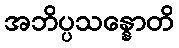
အဘိပ္ပသန္နောတိ